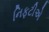
નિફટીએ